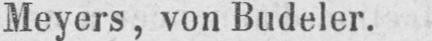
Meyers, von Budeler.